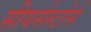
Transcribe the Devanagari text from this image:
सीयर्सस्‍टोर्स